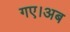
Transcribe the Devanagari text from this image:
गए।अब